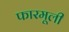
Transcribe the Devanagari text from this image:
फारमूली